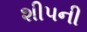
શીપની